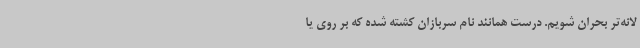
لانه‌تر بحران شویم. درست همانند نام سربازان کشته شده که بر روی یا